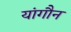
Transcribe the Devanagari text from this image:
यांगौन